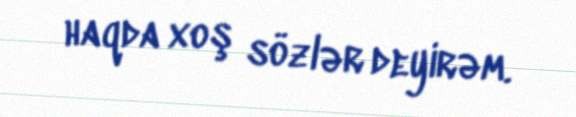
haqda xoş sözlər deyirəm.